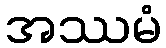
အဿမံ